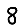
Digit: 8